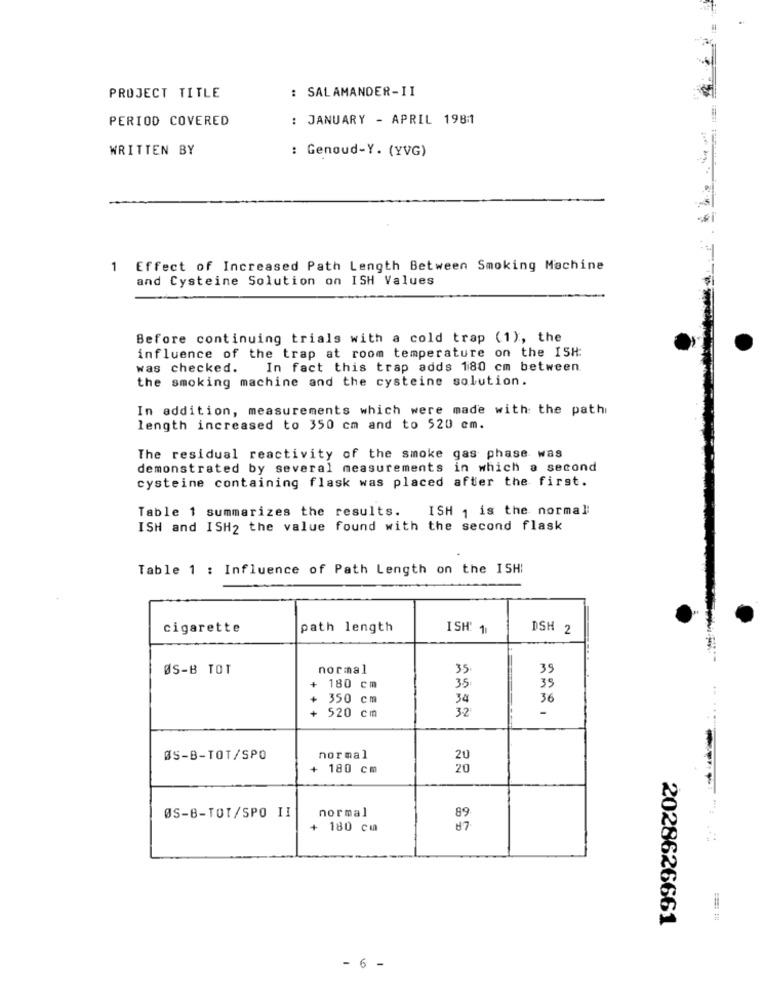
: SALAMANDER-II
PROJECT TITLE
PERIOD COVERED
: JANUARY - APRIL 19811
WRITTEN BY
: Genoud-Y. (YVG)
1 Effect of Increased Path Length Between Smoking Machine
and Cysteine Solution on ISH Values
Before continuing trials with a cold trap (1), the
influence of the trap at room temperature on the ISH:
was checked.
In fact this trap adds 180 cm between
the smoking machine and the cysteine solution.
In addition, measurements which were made with the path
length increased to 350 cm and to 520 cm.
The residual reactivity of the smoke gas phase was
demonstrated by several measurements in which a second
cysteine containing flask was placed after the first.
Table 1 summarizes the results.
ISH 1 is the normal
ISH and ISH2 the value found with the second flask
Table 1 : Influence of Path Length on the ISHI
cigarette
path length
ISH: 11
DSH 2
ØS-B TOT
normal
35
39
35
180 cm
35
350 cm
34
36
.520 cm
+ +
3-2
ØS-B-TOT/SPO
normal
+ 180 cm
20
normal
ØS-B-TOT/SPO II
+ 180 cm
2028626661
- 6 -